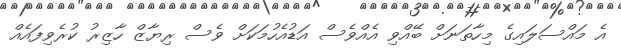
އެ މައްސަލައިގެ މިހާތަނަށް ބޭއްވި އެއްވެސް އަޑުއެހުމަކަށް ވެސް ރިޔާޒް ހާޒިރު ކުރެވިފައެއް